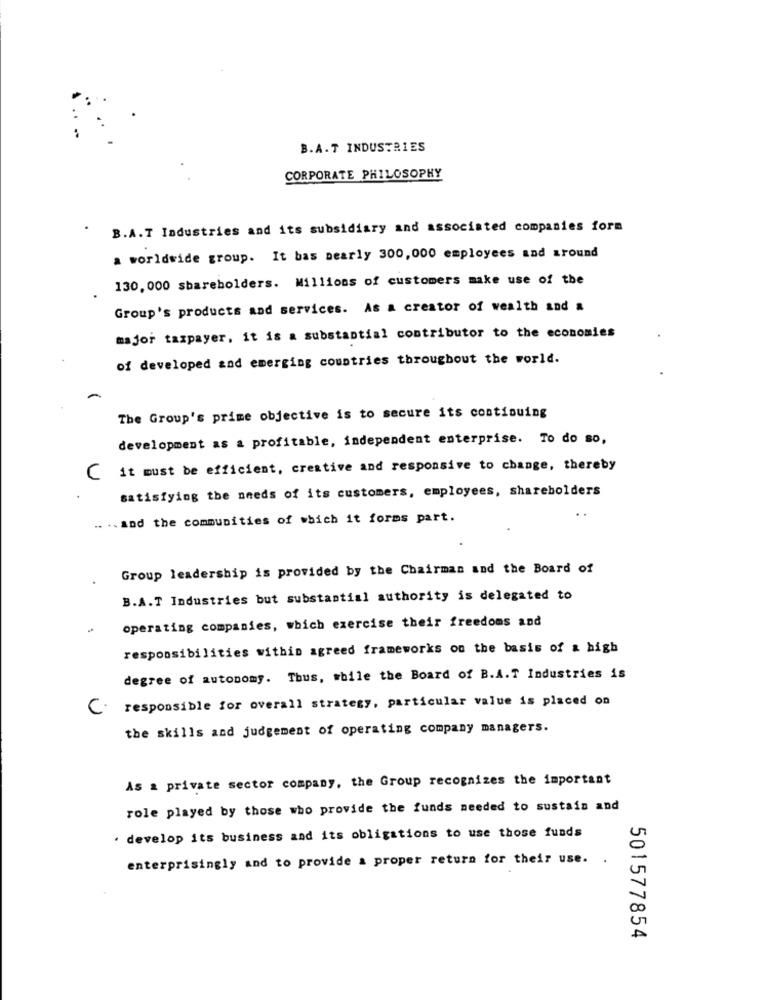
B.A.T INDUSTRIES
CORPORATE PHILOSOPHY
B.A.T Industries and its subsidiary and associated companies form
a worldwide group. It bas nearly 300,000 employees and around
130. 000 shareholders. Millions of customers make use of the
Group's products and services. As a creator of wealth and a
major taxpayer, it is a substantial contributor to the economies
of developed and emerging countries throughout the world.
The Group's prime objective is to secure its continuing
development as a profitable, independent enterprise. To do so,
C it must be efficient, creative and responsive to change, thereby
satisfying the needs of its customers, employees, shareholders
.. .. and the communities of which it forms part.
Group leadership is provided by the Chairman and the Board of
B.A.T Industries but substantial authority is delegated to
operating companies, which exercise their freedoms and
responsibilities within agreed frameworks on the basis of & high
degree of autonomy. Thus, while the Board of B.A.T Industries is
responsible for overall strategy, particular value is placed on
C.
the skills and judgement of operating company managers.
As a private sector company, the Group recognizes the important
role played by those who provide the funds needed to sustain and
. develop its business and its obligations to use those funds
enterprisingly and to provide a proper return for their use. .
501577854